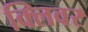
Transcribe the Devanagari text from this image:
क्लिवर